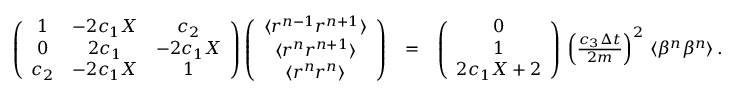
\begin{array} { r l r } { \left( \begin{array} { c c c } { 1 } & { - 2 c _ { 1 } X } & { c _ { 2 } } \\ { 0 } & { 2 c _ { 1 } } & { - 2 c _ { 1 } X } \\ { c _ { 2 } } & { - 2 c _ { 1 } X } & { 1 } \end{array} \right) \left( \begin{array} { c } { \langle r ^ { n - 1 } r ^ { n + 1 } \rangle } \\ { \langle r ^ { n } r ^ { n + 1 } \rangle } \\ { \langle r ^ { n } r ^ { n } \rangle } \end{array} \right) } & { = } & { \left( \begin{array} { c } { 0 } \\ { 1 } \\ { 2 c _ { 1 } X + 2 } \end{array} \right) \, \left( \frac { c _ { 3 } \Delta { t } } { 2 m } \right) ^ { 2 } \, \langle \beta ^ { n } \beta ^ { n } \rangle \, . } \end{array}